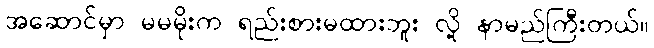
အဆောင်မှာ မမမိုးက ရည်းစားမထားဘူး လို့ နာမည်ကြီးတယ်။